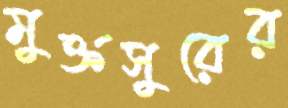
মুক্তসুরের